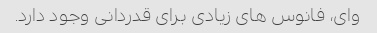
وای، فانوس های زیادی برای قدردانی وجود دارد.